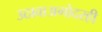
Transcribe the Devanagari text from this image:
उठावाअगोदरही